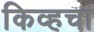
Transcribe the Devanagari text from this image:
किव्हचा